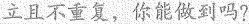
立且不重复，你能做到吗?